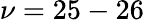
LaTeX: \nu=25-26